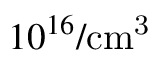
1 0 ^ { 1 6 } / \mathrm { c m ^ { 3 } }